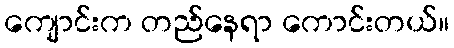
ကျောင်းက တည်နေရာ ကောင်းတယ်။